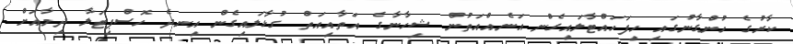
ކާރުގެ ހުންގާނުގައި ހިފަހައްޓާލައިގެން އަނެއްއަތުން ޝިހާނާގެ އަތާއިއަތް ގުޅާލައިގެން އިނދެ ހޮސްޕިޓަލާ ދިމާއަށް